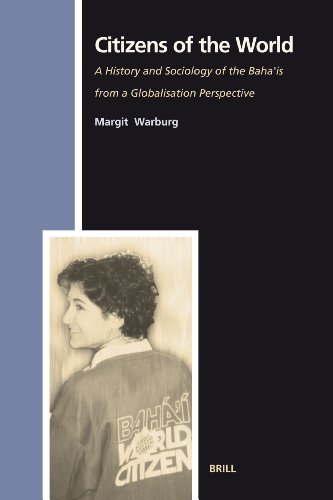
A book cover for Citizens of the World: A History and Sociology of the Baha'is from a Globalisation Perspective (Numen Book Series); Margit Warburg; Religion & Spirituality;